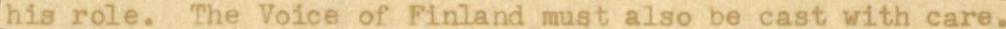
his role. The Voice of Finland must also be cast with care.